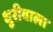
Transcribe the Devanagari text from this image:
धुरीवाला